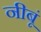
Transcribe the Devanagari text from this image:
नीबूं